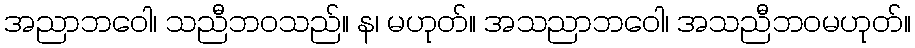
အညာဘဝေါ၊ သညီဘဝသည်။ န၊ မဟုတ်။ အသညာဘဝေါ၊ အသညီဘဝမဟုတ်။